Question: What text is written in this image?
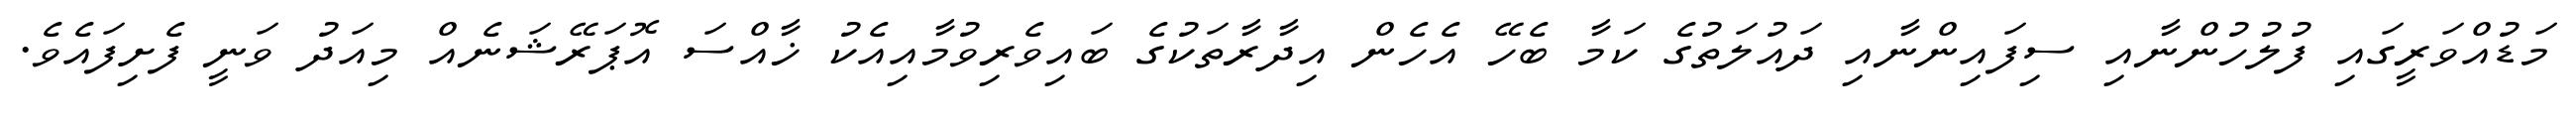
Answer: މަޑުއްވަރީގައި ފުލުހުންނާއި ސިފައިންނާއި ދައުލަތުގެ ކަމާ ބެހޭ އެހެން އިދާރާތަކުގެ ބައިވެރިވުމާއިއެކު ޚާއްސަ އޮޕަރޭޝަނެއް މިއަދު ވަނީ ފެށިފައެވެ.